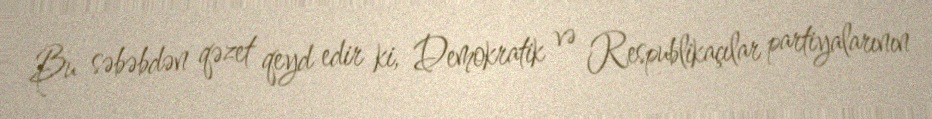
Bu səbəbdən qəzet qeyd edir ki, Demokratik və Respublikaçılar partiyalarının